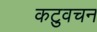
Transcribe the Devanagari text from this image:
कटुवचन